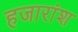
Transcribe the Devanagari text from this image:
हजारांश